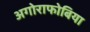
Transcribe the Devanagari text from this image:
अगोराफोबिया